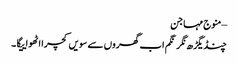
–منوج مہاجن
چنڈیگڑھ نگر نگم اب گھروں سے سویں کچرا اٹھواییگا۔